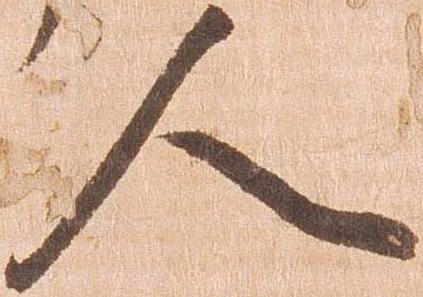
人